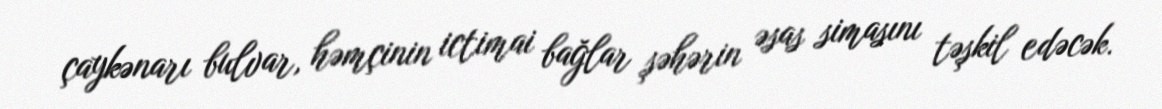
çaykənarı bulvar, həmçinin ictimai bağlar şəhərin əsas simasını təşkil edəcək.